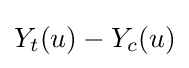
Y_{t}(u)-Y_{c}(u)